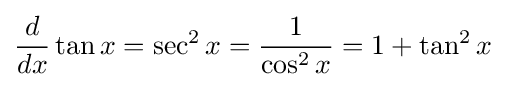
{\frac {d}{dx}}\tan x=\sec ^{2}x={\frac {1}{\cos ^{2}x}}=1+\tan ^{2}x